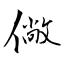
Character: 僘